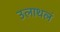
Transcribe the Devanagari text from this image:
उलाथलं